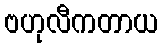
ဗဟုလီကတာယ